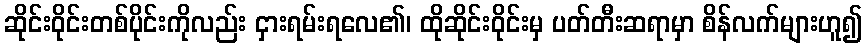
ဆိုင်းဝိုင်းတစ်ပိုင်းကိုလည်း ငှားရမ်းရလေ၏၊ ထိုဆိုင်းဝိုင်းမှ ပတ်တီးဆရာမှာ စိန်လက်များဟူ၍